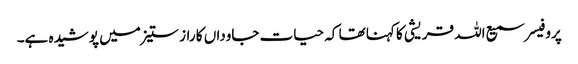
پروفیسر سمیع اللہ قریشی کا کہنا تھا کہ حیات جاوداں کا راز ستیز میں پوشیدہ ہے۔